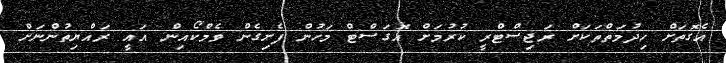
އެގޮތަށް ހިދުމަތްތަކަށް ރަޖިސްޓްރީ ކުރުމަށް އޮގަސްޓް މަހުން ފެށިގެން ވެމްކޯއިން އައީ ރައްޔިތުންނަށް